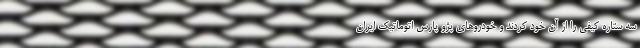
سه ستاره کیفی را از آن خود کردند و خودروهای پژو پارس اتوماتیک ایران